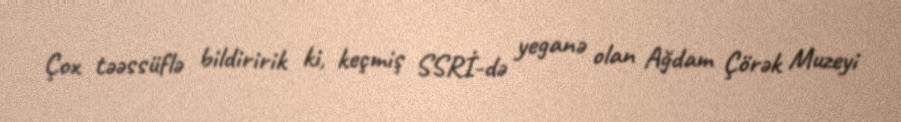
Çox təəssüflə bildiririk ki, keçmiş SSRİ-də yeganə olan Ağdam Çörək Muzeyi